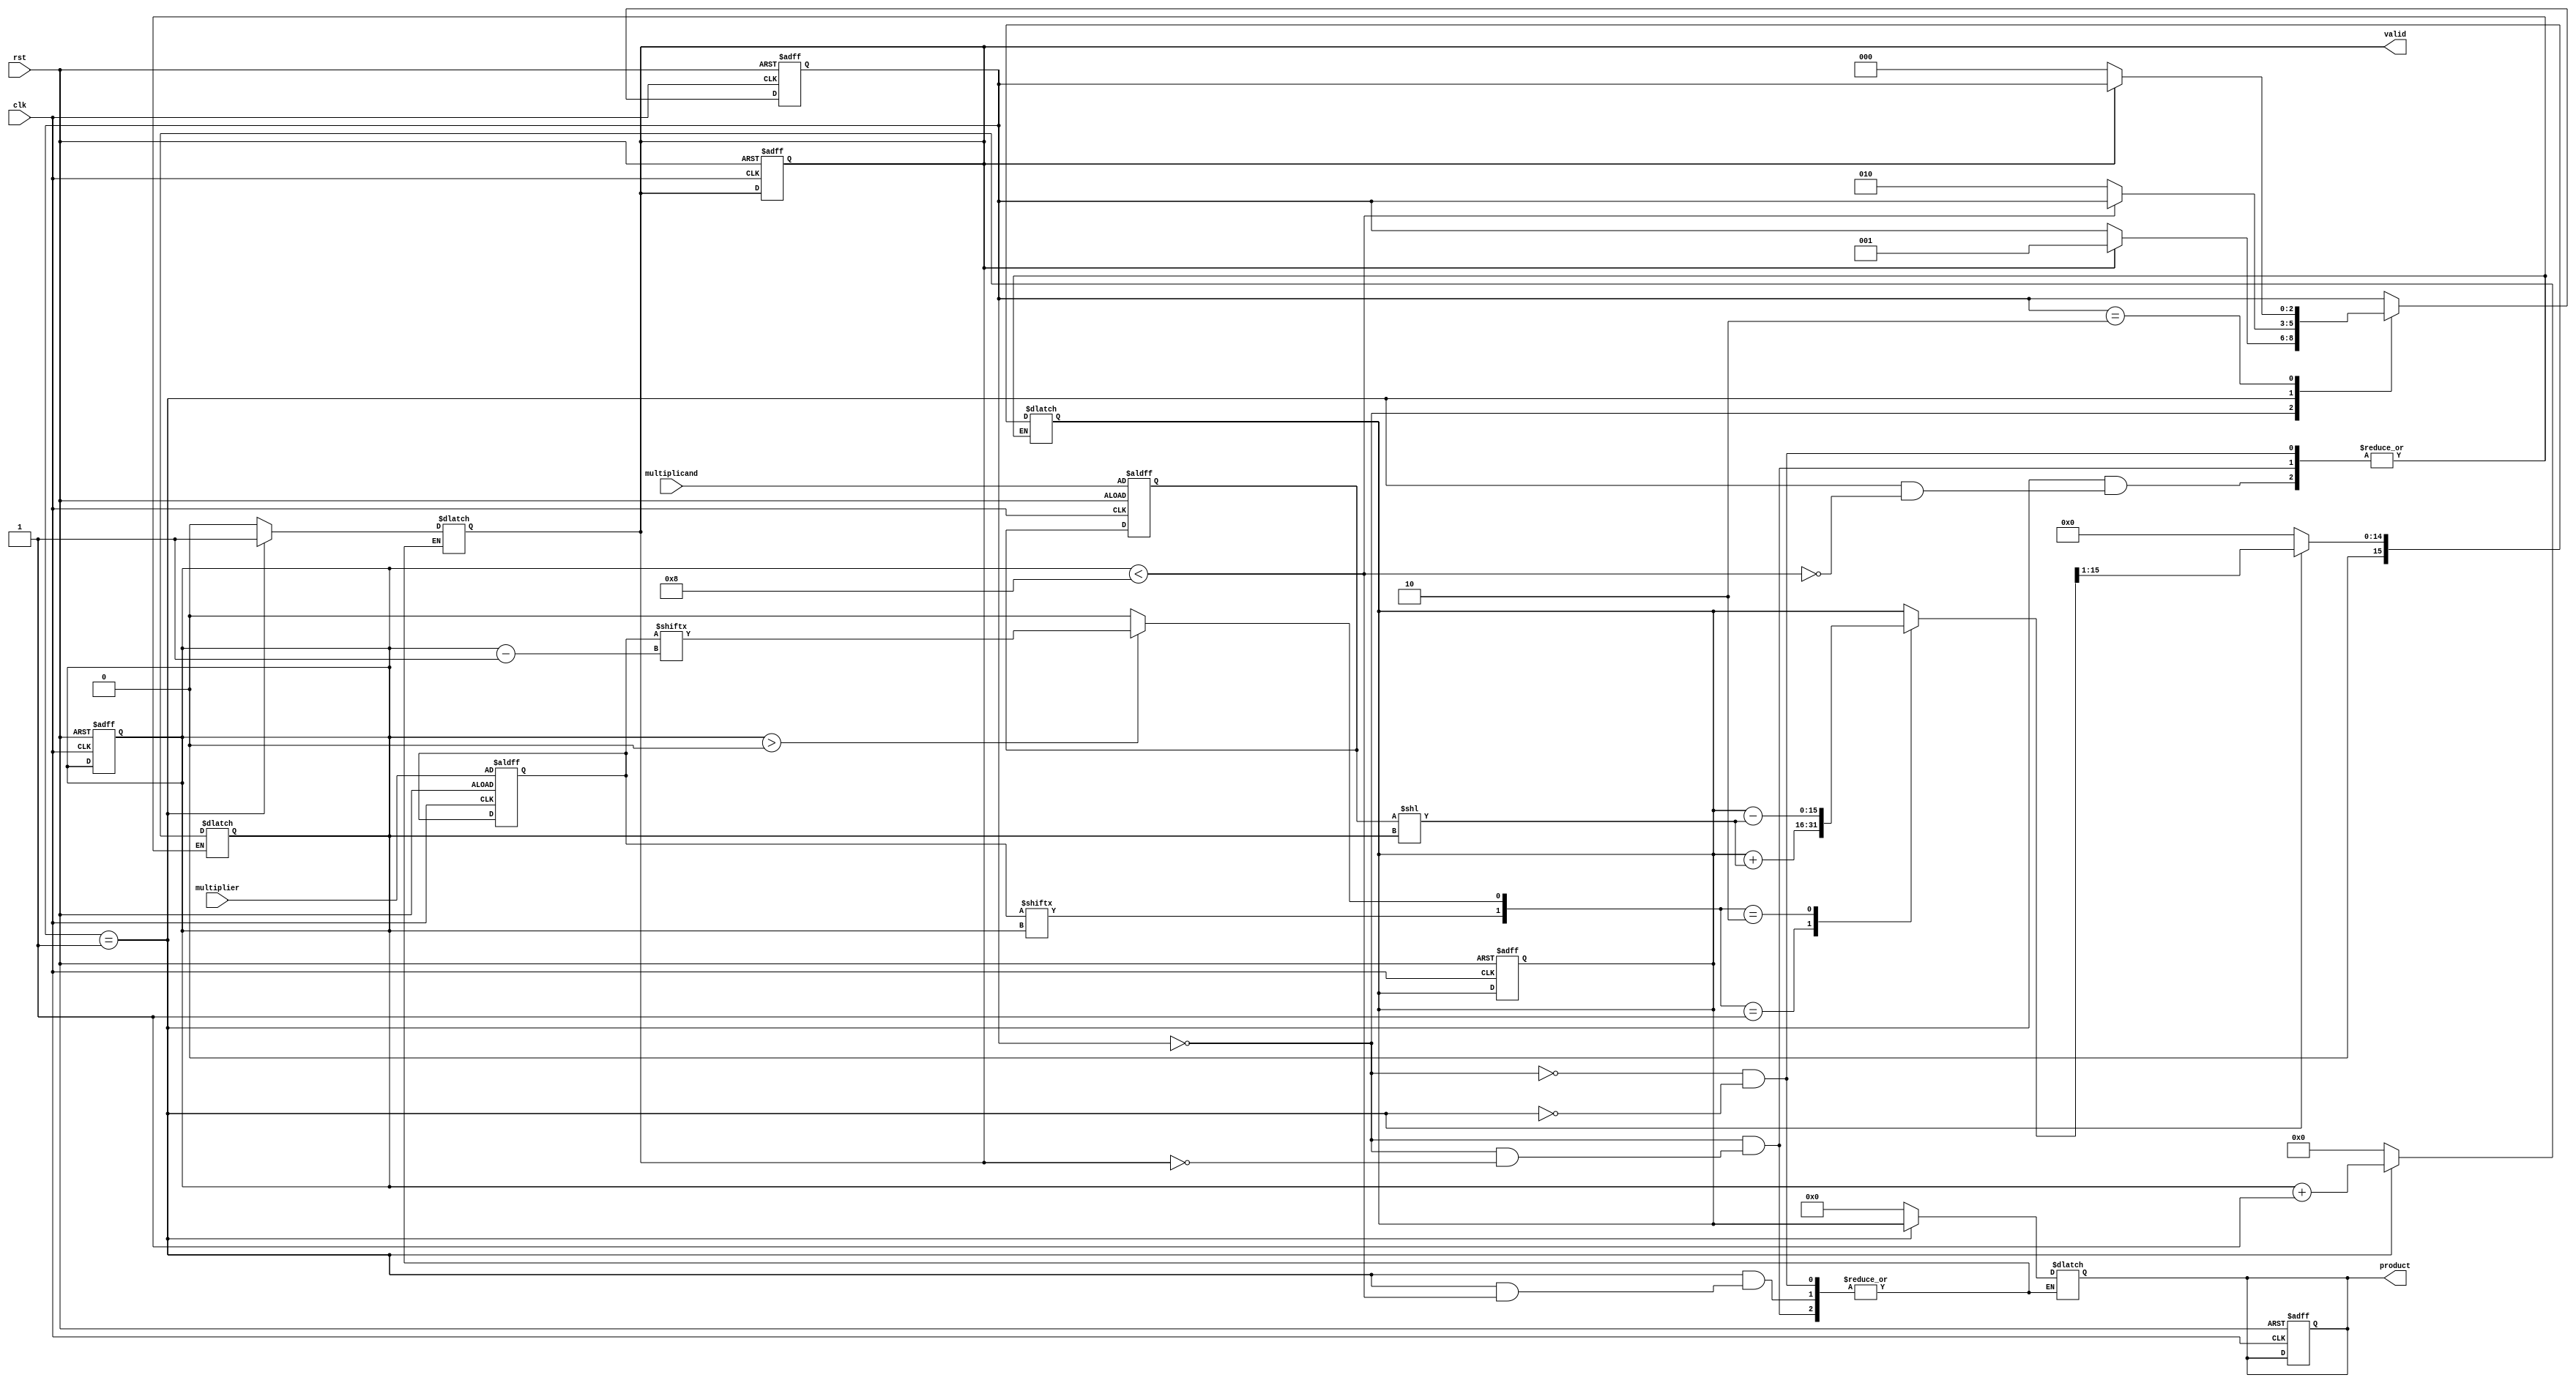
module modified_booth_multiplier #(parameter N = 8) (
    input wire clk,
    input wire rst,
    input wire [N-1:0] multiplicand,
    input wire [N-1:0] multiplier,
    output reg [2*N-1:0] product,
    output reg valid
);

    reg [N-1:0] mult;
    reg [N-1:0] m;
    reg [2*N-1:0] acc;
    reg [N:0] count;
    reg [1:0] current_bit_pair;

    // State definitions
    localparam IDLE = 3'b000;
    localparam COMPUTE = 3'b001;
    localparam DONE = 3'b010;
    reg [2:0] state, next_state;

    always @(posedge clk or posedge rst) begin
        if (rst) begin
            state <= IDLE;
            product <= 0;
            valid <= 0;
            acc <= 0;
            mult <= multiplier;
            m <= multiplicand;
            count <= 0;
        end else begin
            state <= next_state;
        end
    end

    always @(*) begin
        next_state = state;
        case (state)
            IDLE: begin
                if (valid) begin
                    acc = 0;
                    count = 0;
                    product = 0;
                    valid = 0;
                    next_state = COMPUTE;
                end
            end
            COMPUTE: begin
                if (count < N) begin
                    current_bit_pair = {mult[count], (count > 0) ? mult[count-1] : 1'b0};
                    case (current_bit_pair)
                        2'b00: acc = acc;                        // No addition
                        2'b01: acc = acc + (m << count);       // Add multiplicand
                        2'b10: acc = acc - (m << count);       // Subtract multiplicand
                        2'b11: acc = acc;                        // No addition, just shift
                    endcase
                    count = count + 1;
                    acc = acc >> 1; // Shift right the accumulator
                end else begin
                    product = acc;
                    valid = 1;
                    next_state = DONE;
                end
            end
            DONE: begin
                // Wait until valid signal is reset
                if (!valid) begin
                    next_state = IDLE;
                end
            end
        endcase
    end

endmodule